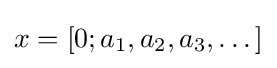
x=[0;a_{1},a_{2},a_{3},\dots ]